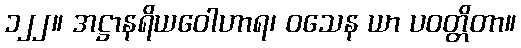
၁၂၂။ အဋ္ဌာနရိယဝေါဟာရ၊ ဝသေန ယာ ပဝတ္တိတာ။